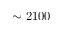
\sim 2 1 0 0